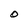
Character: 0